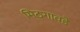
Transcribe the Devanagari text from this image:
मिठगावडे